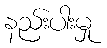
နည်းပါးမှု